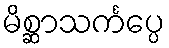
မိစ္ဆာသင်္ကပ္ပေ